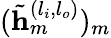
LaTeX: (\tilde{\mathbf{h}}_{m}^{(l_{i},l_{o})})_{m}